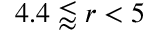
4 . 4 \lessapprox r < 5